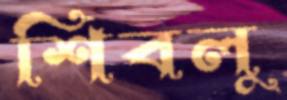
শিবলু